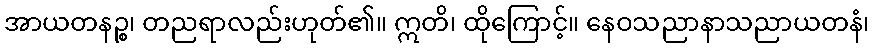
အာယတနဉ္စ၊ တညရာလည်းဟုတ်၏။ ဣတိ၊ ထိုကြောင့်။ နေဝသညာနာသညာယတနံ၊